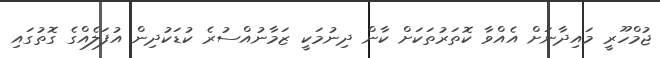
ޖުމްހޫރީ މައިދާނަށް އެއްވާ ކޮތަރުތަކަށް ކާން ދިނުމަކީ ޒަމާނުއްސުރެ ކުޑަކުދިން އުފަލެއްގެ ގޮތުގައި